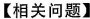
【相关问题】